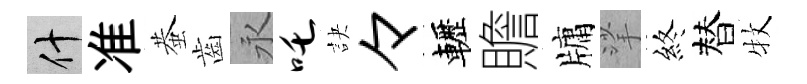
什准蛬齒永吒訣々轣贍牗挲終替牧